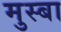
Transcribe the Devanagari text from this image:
मुस्बा